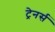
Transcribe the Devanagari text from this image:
ट्रेनर्स